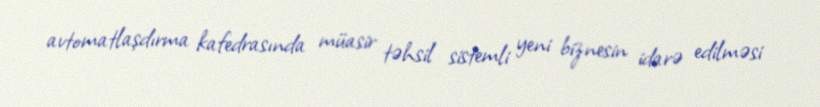
avtomatlaşdırma kafedrasında müasir təhsil sistemli yeni biznesin idarə edilməsi